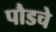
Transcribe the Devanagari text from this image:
पौडचे